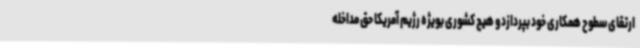
ارتقای سطوح همکاری خود بپردازدو هیچ کشوری بویژه رژیم آمریکا حق مداخله